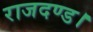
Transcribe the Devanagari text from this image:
राजदण्ड।